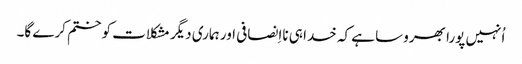
‏ اُنہیں پورا بھروسا ہے کہ خدا ہی نااِنصافی اور ہماری دیگر مشکلات کو ختم کرے گا۔